Vaccination report Assam 1874-1896 - 1874-1896
Year: 1874
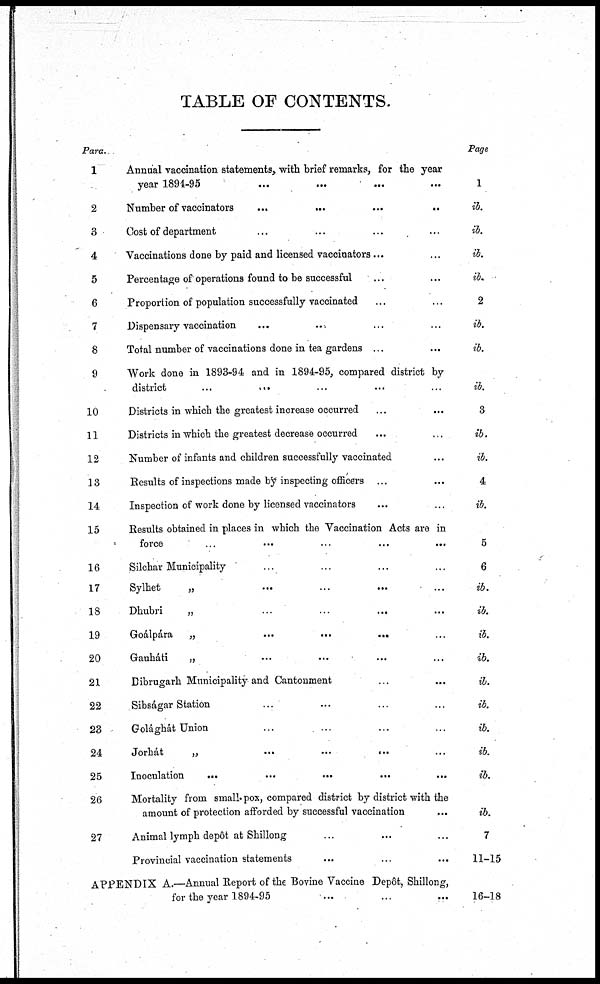
TABLE OF CONTENTS.
Para.
1
2
3
4
5
6
7
8
9
10
11
12
13
14
15
16
17
18
19
20
21
22
23
24
25
26
27
Annual vaccination statements, with brief remarks, for the year
year 1894-95
...
...
...
...
Number of vaccinators
...
...
...
...
Cost of department ... ... ... ...
Vaccinations done by paid and licensed vaccinators... ...
Percentage of operations found to be successful ... ...
Proportion of population successfully vaccinated ... ...
Dispensary vaccination ... ... ... ...
Total number of vaccinations done in tea gardens ... ...
Work done in 1893-94 and in 1894-95, compared district by
district ... ... ... ... ...
Districts in which the greatest increase occurred ... ...
Districts in which the greatest decrease occurred ... ...
Number of infants and children successfully vaccinated ...
Results of inspections made by inspecting officers ... ...
Inspection of work done by licensed vaccinators ... ...
Results obtained in places in which the Vaccination Acts are in
force
...
...
...
...
...
Silchar Municipality ... ... ... ...
Sylhet
„
...
...
...
...
Dhubri
„ ... ... ... ...
Goálpára „
...
...
...
...
Gauháti
„ ... ... ... ...
Dibrugarh Municipality and Cantonment ... ...
Sibságar Station ... ... ... ...
Golághát Union ... ... ... ...
Jorhát
„
...
...
...
...
Inoculation
...
...
...
...
...
Mortality from small-pox, compared district by district with the
amount of protection afforded by successful vaccination ...
Animal lymph depôt at Shillong ... ... ...
Provincial vaccination statements
...
...
...
APPENDIX A.—Annual Report of the Bovine Vaccine Depôt, Shillong,
for the year 1894-95 ... ... ...
Page
1
ib.
ib.
ib.
ib.
2
ib.
ib.
ib.
3
ib.
ib.
4
ib.
5
6
ib.
ib.
ib.
ib.
ib.
ib.
ib.
ib.
ib.
ib.
7
11-15
16-18